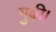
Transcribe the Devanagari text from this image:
गुढ़ी।